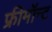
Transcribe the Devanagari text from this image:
फ्रीमॉन्‍ट